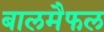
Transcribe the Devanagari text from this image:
बालमैफल